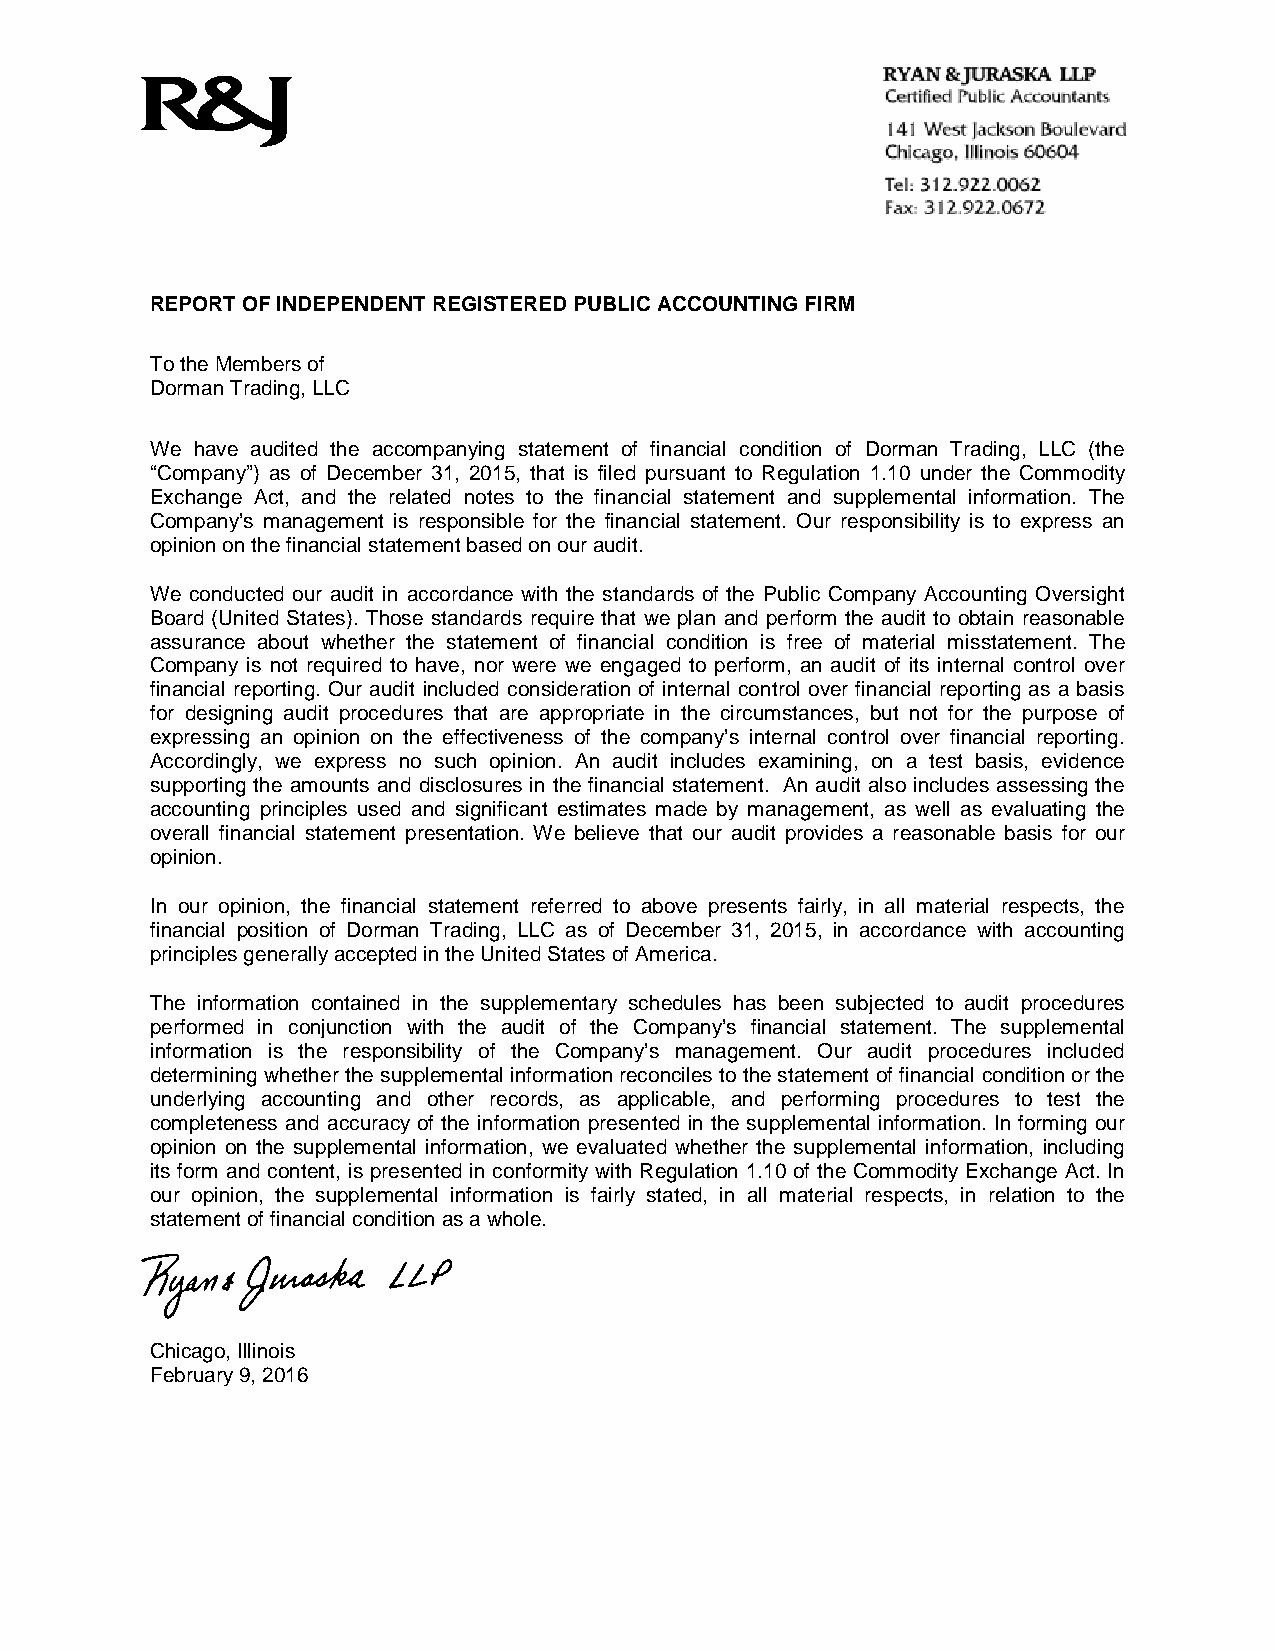
REPORT OF INDEPENDENT REGISTERED PUBLIC ACCOUNTING FIRM
 To the Members of
 Dorman Trading, LLC
 We have audited the accompanying statement of financial condition of Dorman Trading, LLC (the
 “Company”) as of December 31, 2015, that is filed pursuant to Regulation 1.10 under the Commodity
 Exchange Act, and the related notes to the financial statement and supplemental information. The
 Company’s management is responsible for the financial statement. Our responsibility is to express an
 opinion on the financial statement based on our audit.
 We conducted our audit in accordance with the standards of the Public Company Accounting Oversight
 Board (United States). Those standards require that we plan and perform the audit to obtain reasonable
 assurance about whether the statement of financial condition is free of material misstatement. The
 Company is not required to have, nor were we engaged to perform, an audit of its internal control over
 financial reporting. Our audit included consideration of internal control over financial reporting as a basis
 for designing audit procedures that are appropriate in the circumstances, but not for the purpose of
 expressing an opinion on the effectiveness of the company’s internal control over financial reporting.
 Accordingly, we express no such opinion. An audit includes examining, on a test basis, evidence
 supporting the amounts and disclosures in the financial statement. An audit also includes assessing the
 accounting principles used and significant estimates made by management, as well as evaluating the
 overall financial statement presentation. We believe that our audit provides a reasonable basis for our
 opinion.
 In our opinion, the financial statement referred to above presents fairly, in all material respects, the
 financial position of Dorman Trading, LLC as of December 31, 2015, in accordance with accounting
 principles generally accepted in the United States of America.
 The information contained in the supplementary schedules has been subjected to audit procedures
 performed in conjunction with the audit of the Company’s financial statement. The supplemental
 information is the responsibility of the Company’s management. Our audit procedures included
 determining whether the supplemental information reconciles to the statement of financial condition or the
 underlying accounting and other records, as applicable, and performing procedures to test the
 completeness and accuracy of the information presented in the supplemental information. In forming our
 opinion on the supplemental information, we evaluated whether the supplemental information, including
 its form and content, is presented in conformity with Regulation 1.10 of the Commodity Exchange Act. In
 our opinion, the supplemental information is fairly stated, in all material respects, in relation to the
 statement of financial condition as a whole.
 Chicago, Illinois
 February 9, 2016